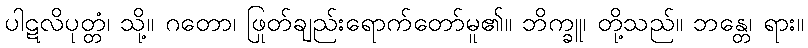
ပါဋလိပုတ္တံ၊ သို့။ ဂတော၊ ဖြုတ်ချည်းရောက်တော်မူ၏။ ဘိက္ခူ၊ တို့သည်။ ဘန္တေ၊ ရား။